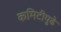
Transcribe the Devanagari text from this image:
कमिटीपुढे